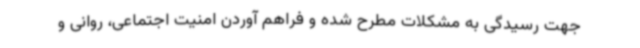
جهت رسیدگی به مشکلات مطرح شده و فراهم آوردن امنیت اجتماعی، روانی و